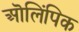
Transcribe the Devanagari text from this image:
ऒलिंपिक